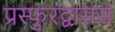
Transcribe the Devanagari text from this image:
प्रस्फुरद्वाससं